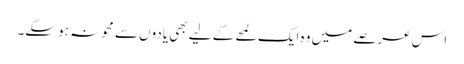
اس عرصے میں وہ ایک لمحے کے لیے بھی یادوں سے محو نہ ہو سکے۔